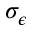
\sigma _ { \epsilon }